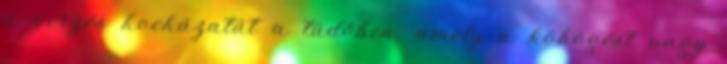
a vérzés kockázatát a tüdőben, amely a köhögést vagy